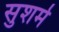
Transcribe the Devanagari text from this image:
सुशर्म